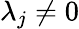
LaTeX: \lambda_{j}\neq 0